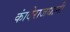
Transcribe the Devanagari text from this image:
कांदेराजधानी